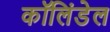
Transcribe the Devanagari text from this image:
कॉलिंडेल